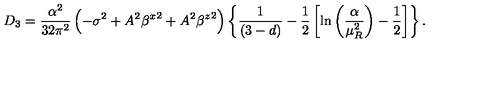
D _ { 3 } = \frac { \alpha ^ { 2 } } { 3 2 \pi ^ { 2 } } \left( - \sigma ^ { 2 } + A ^ { 2 } { \beta ^ { x } } ^ { 2 } + A ^ { 2 } { \beta ^ { z } } ^ { 2 } \right) \left\{ \frac { 1 } { ( 3 - d ) } - \frac { 1 } { 2 } \left[ \ln \left( \frac { \alpha } { \mu _ { R } ^ { 2 } } \right) - \frac { 1 } { 2 } \right] \right\} .